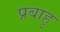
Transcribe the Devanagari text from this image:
प्रबाहु